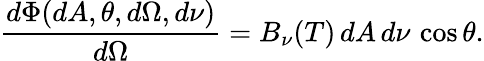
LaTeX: {\frac{d\Phi(dA,\theta,d\Omega,d\nu)}{d\Omega}}=B_{\nu}(T)\, dA\, d\nu\, \cos\theta.